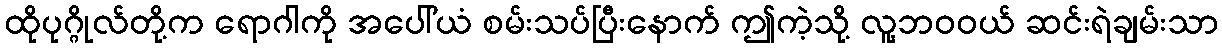
ထိုပုဂ္ဂိုလ်တို့က ရောဂါကို အပေါ်ယံ စမ်းသပ်ပြီးနောက် ဤကဲ့သို့ လူ့ဘဝဝယ် ဆင်းရဲချမ်းသာ